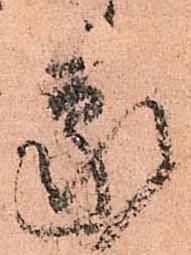
蒙